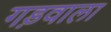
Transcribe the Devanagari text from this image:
गड़वाला